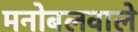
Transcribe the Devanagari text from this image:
मनोबलवाले